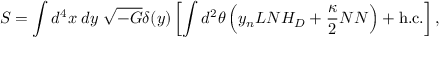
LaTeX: S = \int d ^ { 4 } x \; d y \; \sqrt { - G } \delta ( y ) \left[ \int d ^ { 2 } \theta \left( y _ { n } L N H _ { D } + \frac { \kappa } { 2 } N N \right) + \mathrm { h . c . } \right] ,